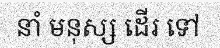
នាំ មនុស្ស ដើរ ទៅ